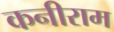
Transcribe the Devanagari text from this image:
कनीराम